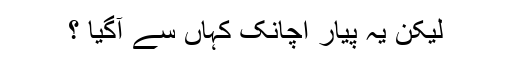
لیکن یہ پیار اچانک کہاں سے آگیا ؟